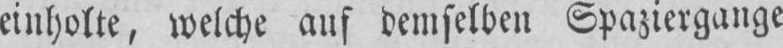
eiuholte, welche aus deniselben Spaziergauge